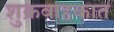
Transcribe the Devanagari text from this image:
शुक्रवाहकात